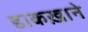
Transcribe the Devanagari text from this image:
डाकख़ाने